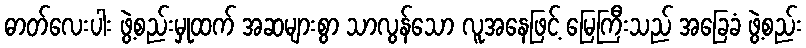
ဓာတ်လေးပါး ဖွဲ့စည်းမှုထက် အဆများစွာ သာလွန်သော လူအနေဖြင့် မြေကြီးသည် အခြေခံ ဖွဲ့စည်း